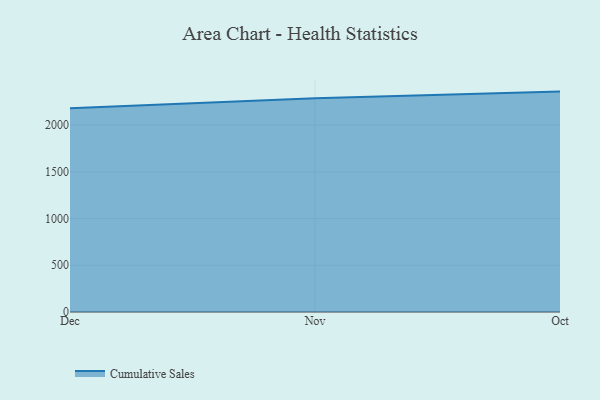
{"axis": {"x": "Month", "y": "Gross Profit (USD K)"}, "legend": ["Cumulative Sales"], "data": [{"x": "Dec", "y": 2181.4, "type": "Cumulative Sales"}, {"x": "Nov", "y": 2288.5, "type": "Cumulative Sales"}, {"x": "Oct", "y": 2358.4, "type": "Cumulative Sales"}]}